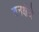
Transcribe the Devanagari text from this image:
वनक्षेत्रे